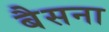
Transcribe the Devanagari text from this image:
बैसना